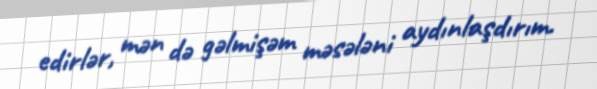
edirlər, mən də gəlmişəm məsələni aydınlaşdırım.